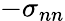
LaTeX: -\sigma_{nn}